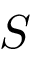
S